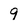
Character: 9